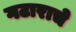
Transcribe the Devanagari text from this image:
गटाराचे